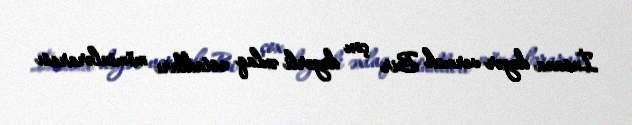
İnsana dəyər vermək Bir çox dəyərli əxlaq ustadları möminlərarası